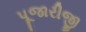
પૂજારીજી